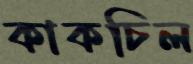
কাকচিল